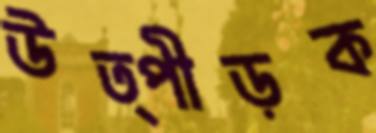
উত্পীড়ক